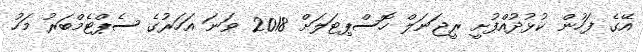
އޭގެ ފަހުން ކުޅުދުއްފުށީ ރީޖަނަލް ހޮސްޕިޓަލަށް 2018 ވަނަ އަހަރުގެ ސެޕްޓެމްބަރު މަހު